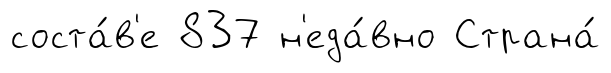
соста́в'е 837 н'еда́вно Страна́